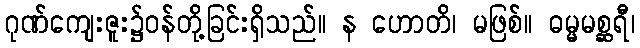
ဂုဏ်ကျေးဇူး၌ဝန်တို့ခြင်းရှိသည်။ န ဟောတိ၊ မဖြစ်။ ဓမ္မမစ္ဆရီ၊